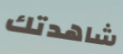
شاهدتك